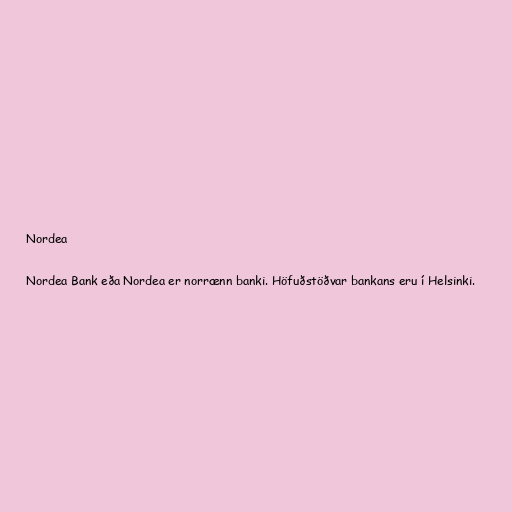
Nordea

Nordea Bank eða Nordea er norrænn banki. Höfuðstöðvar bankans eru í Helsinki.